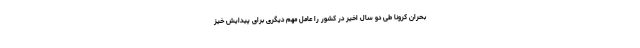
بحران کرونا طی دو سال اخیر در کشور را عامل مهم دیگری برای پیدایش خیز